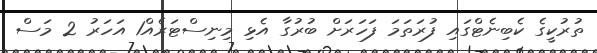
ތުރުކީގެ ކެބިނެޓްގައި ފުރަތަމަ ފަހަރަށް ބުރުގާ އެޅި މިނިސްޓަރެެއް1 އަހަރު 2 މަސް